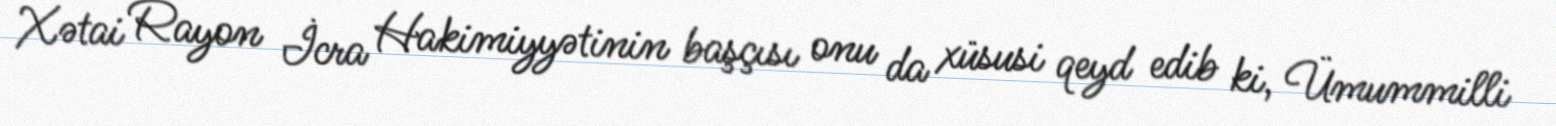
Xətai Rayon İcra Hakimiyyətinin başçısı onu da xüsusi qeyd edib ki, Ümummilli